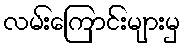
လမ်းကြောင်းများမှ